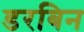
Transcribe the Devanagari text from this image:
डरबिन